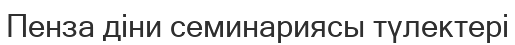
Пенза діни семинариясы түлектері